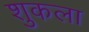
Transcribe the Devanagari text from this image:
शुकला